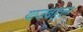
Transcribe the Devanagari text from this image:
याजबद्दल